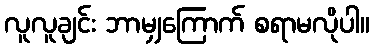
လူလူချင်း ဘာမျှကြောက် စရာမလိုပါ။